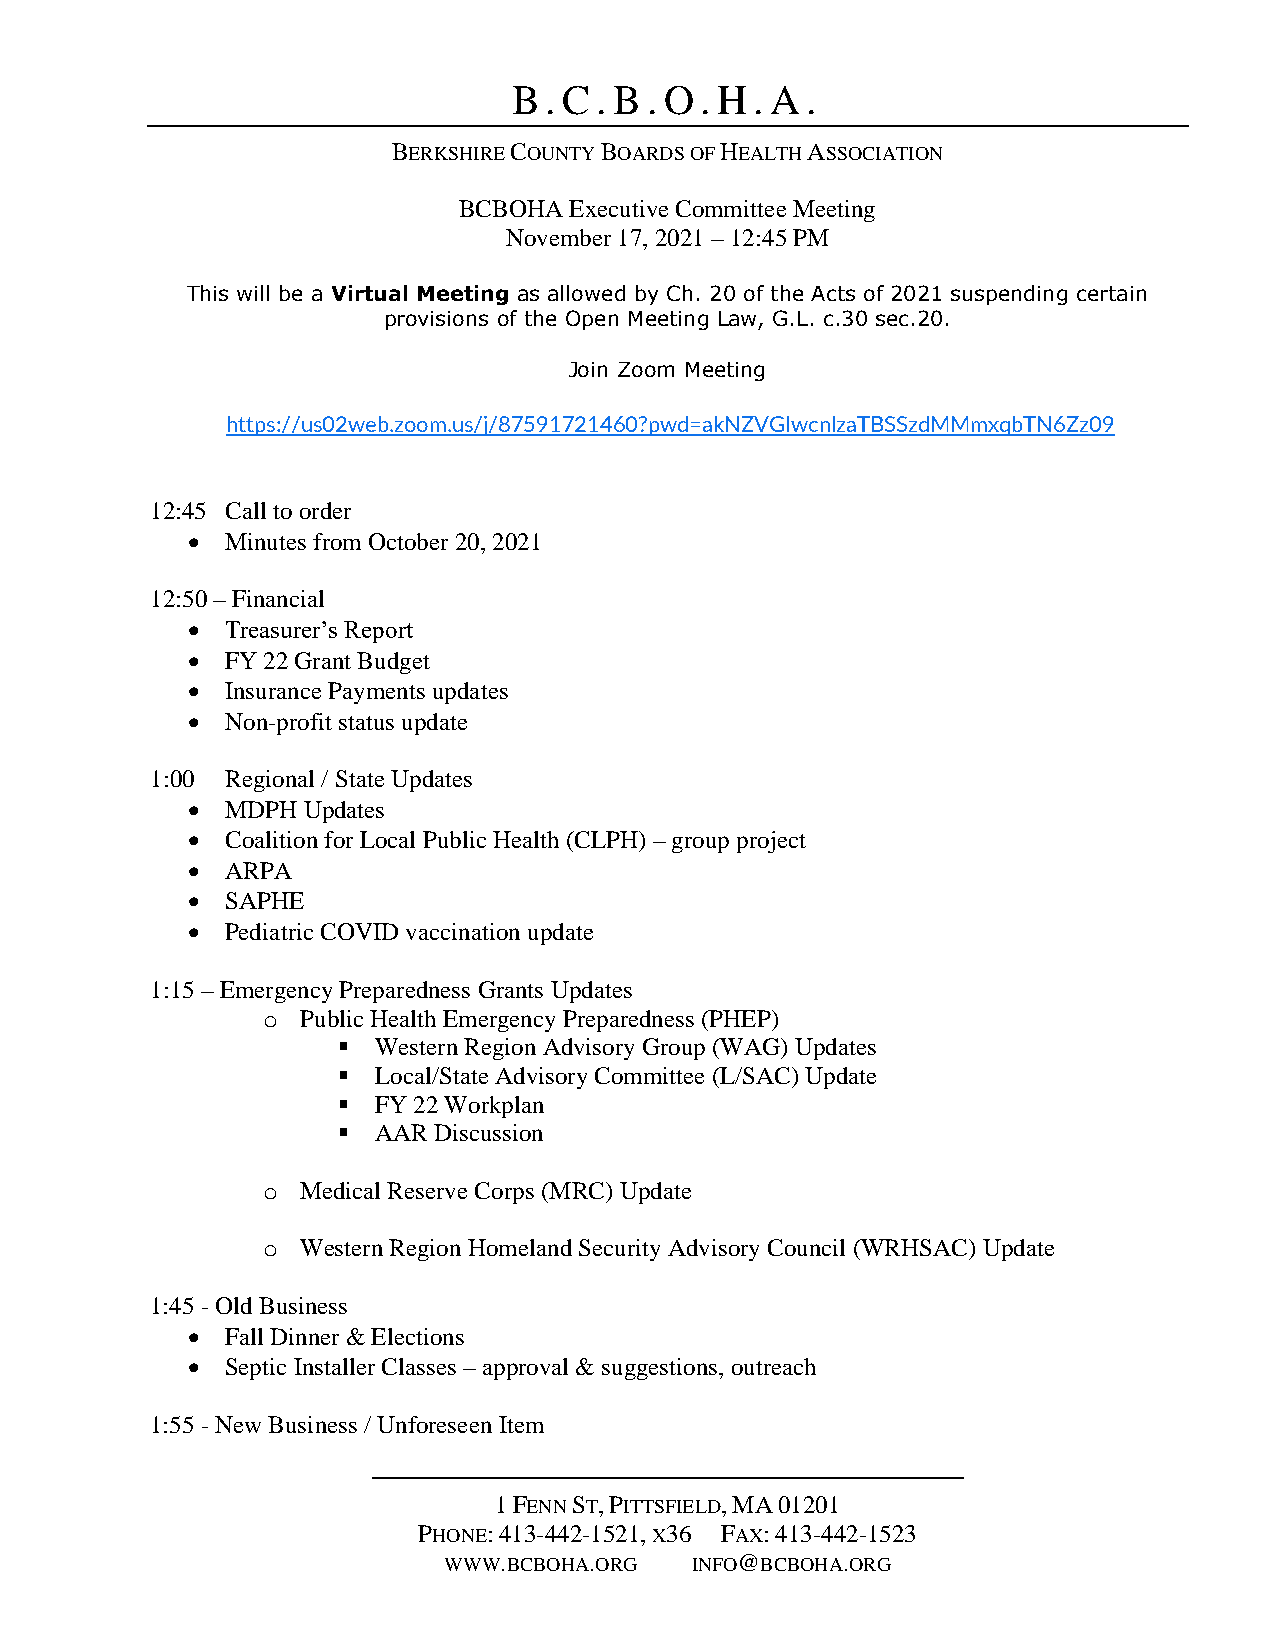
B. C.  B. O .H.  A .
 BERKSHIRE COUNTY BOARDS OF HEALTH ASSOCIATION
 BCBOHA  Executive Committee Meeting
 November 17, 2021 – 12:45 PM
 This will be a Virtual Meeting as allowed by Ch. 20 of the Acts of 2021 suspending certain
 provisions of the Open Meeting Law, G.L. c.30 sec.20.
 Join Zoom Meeting
 https://us02web.zoom.us/j/87591721460?pwd=akNZVGIwcnlzaTBSSzdMMmxqbTN6Zz09
 12:45 Call to order
 •  Minutes from October 20, 2021
 12:50 – Financial
 •  Treasurer’s Report
 •  FY 22 Grant Budget
 •  Insurance Payments updates
 •  Non-profit status update
 1:00 Regional / State Updates
 •  MDPH Updates
 •  Coalition for Local Public Health (CLPH) – group project
 •  ARPA
 •  SAPHE
 •  Pediatric COVID vaccination update
 1:15 – Emergency Preparedness Grants Updates
 o  Public Health Emergency Preparedness (PHEP)
 ▪  Western Region Advisory Group (WAG) Updates
 ▪  Local/State Advisory Committee (L/SAC) Update
 ▪  FY 22 Workplan
 ▪  AAR Discussion
 o  Medical Reserve Corps (MRC) Update
 o  Western Region Homeland Security Advisory Council (WRHSAC) Update
 1:45 - Old Business
 •  Fall Dinner & Elections
 •  Septic Installer Classes – approval & suggestions, outreach
 1:55 - New Business / Unforeseen Item
 1 FENN ST, PITTSFIELD, MA 01201
 PHONE: 413-442-1521, X36 FAX: 413-442-1523
 WWW.BCBOHA.ORG   INFO@BCBOHA.ORG